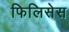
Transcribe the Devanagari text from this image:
फिलिसेस